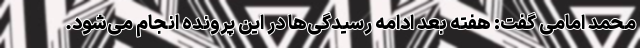
محمد امامی گفت: هفته بعد ادامه رسیدگی‌ها در این پرونده انجام می‌شود.